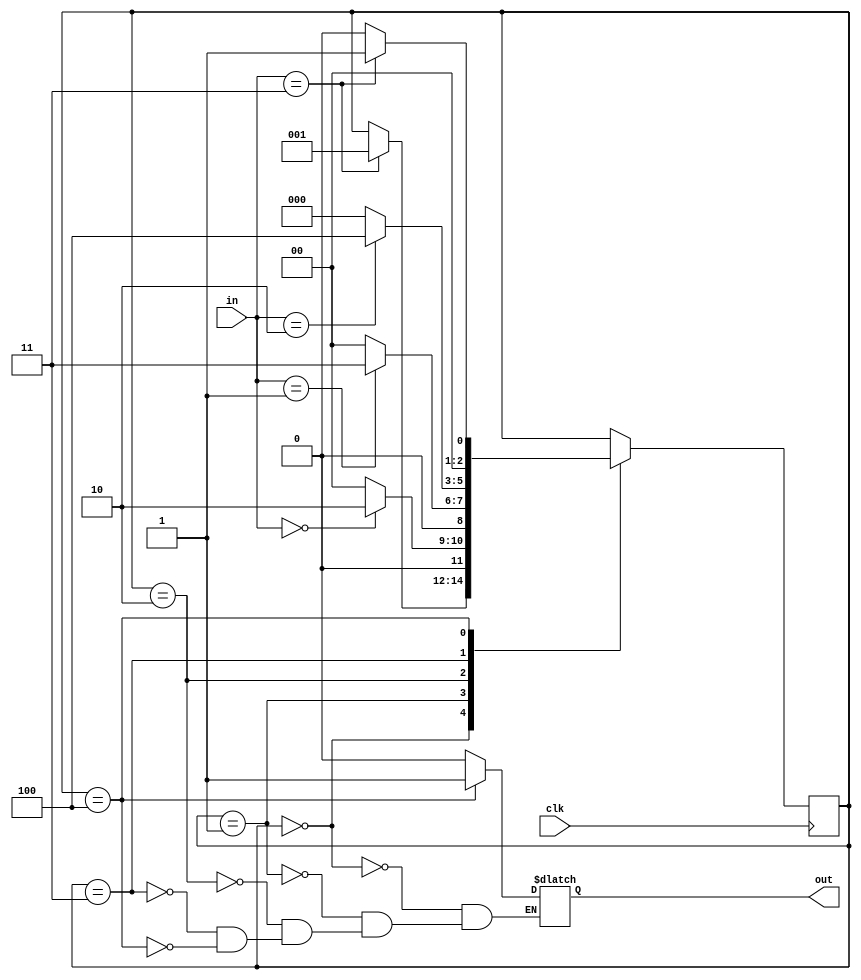
`timescale 1ns / 1ps
//////////////////////////////////////////////////////////////////////////////////
// Company: 
// Engineer: 
// 
// Design Name: 
// Module Name:    Q3 
// Project Name: 
// Target Devices: 
// Tool versions: 
// Description: 
//
// Dependencies: 
//
// Revision: 
// Revision 0.01 - File Created
// Additional Comments: 
//
//////////////////////////////////////////////////////////////////////////////////

// Moore FSM
module Q3(in, out, clk);
	input[1:0] in;
	input clk;
	
	output reg out;
	
	
	reg[2:0] state; 
	
	parameter s0 = 3'b000;
	parameter s1 = 3'b001;
	parameter s2 = 3'b010;
	parameter s3 = 3'b011;
	parameter s4 = 3'b100;
	initial state = s0;
	
	always @(posedge clk)
	begin
		case(state)
			s0: 	if(in == 2'b11) state <= s1;
			s1: 	if(in == 2'b00) state <= s2;
					else state <= s0;
			s2: 	if(in == 2'b01) state <= s3;
					else state <= s0;
			s3:	if(in == 2'b10) state <= s4;
					else state <= s0;
			s4:	if(in == 2'b11) state <= s1;
					else state <= s0;
		endcase
	end
	
	always @(state)
	begin
		case(state)
			s0: out <= 1'b0;
			s1: out <= 1'b0;
			s2: out <= 1'b0;
			s3: out <= 1'b0;
			s4: out <= 1'b1;
		endcase
	end

endmodule